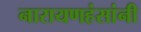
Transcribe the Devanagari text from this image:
नारायणहंसांनी